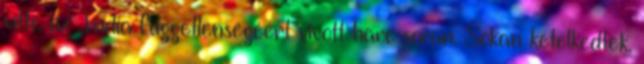
vitte az India függetlenségéért vívott harc során. Sokan kételkedtek,